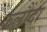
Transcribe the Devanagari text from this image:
कलौंदा